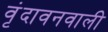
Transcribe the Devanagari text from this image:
वृंदावनवाली